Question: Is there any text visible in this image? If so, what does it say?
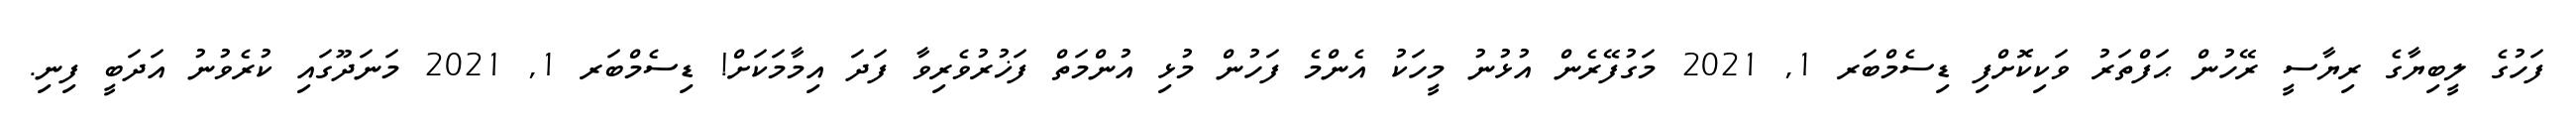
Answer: ފަހުގެ ލީބިޔާގެ ރިޔާސީ ރޭހުން ޙަފްތަރު ވަކިކޮށްފި ޑިސެމްބަރ 1, 2021 މަގުފޭރެން އުޅުނު މީހަކު އެންމެ ފަހުން މުޅި އުންމަތް ފަޚުރުވެރިވާ ފަދަ އިމާމަކަށް! ޑިސެމްބަރ 1, 2021 މަނަދޫގައި ކުރެވުނު އަދަބީ ފިނި.